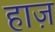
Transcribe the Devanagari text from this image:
हाज़